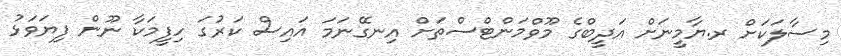
މިސާލަކަށް ރ.ޔާމީނަށް އަދީބްގެ މޫވްމަންޓްސްތަށް އިނގޭނަމަ އައިސް ކަރުގަ ހިފީމަކާ ނޫން ފިޔަވަޅު